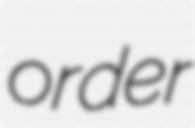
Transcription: order